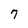
Character: 7